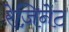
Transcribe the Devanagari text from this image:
रेज़िनेट